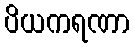
ပိယကရဏာ